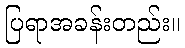
ပြရာအခန်းတည်း။